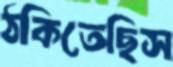
ঠকিতেছিস